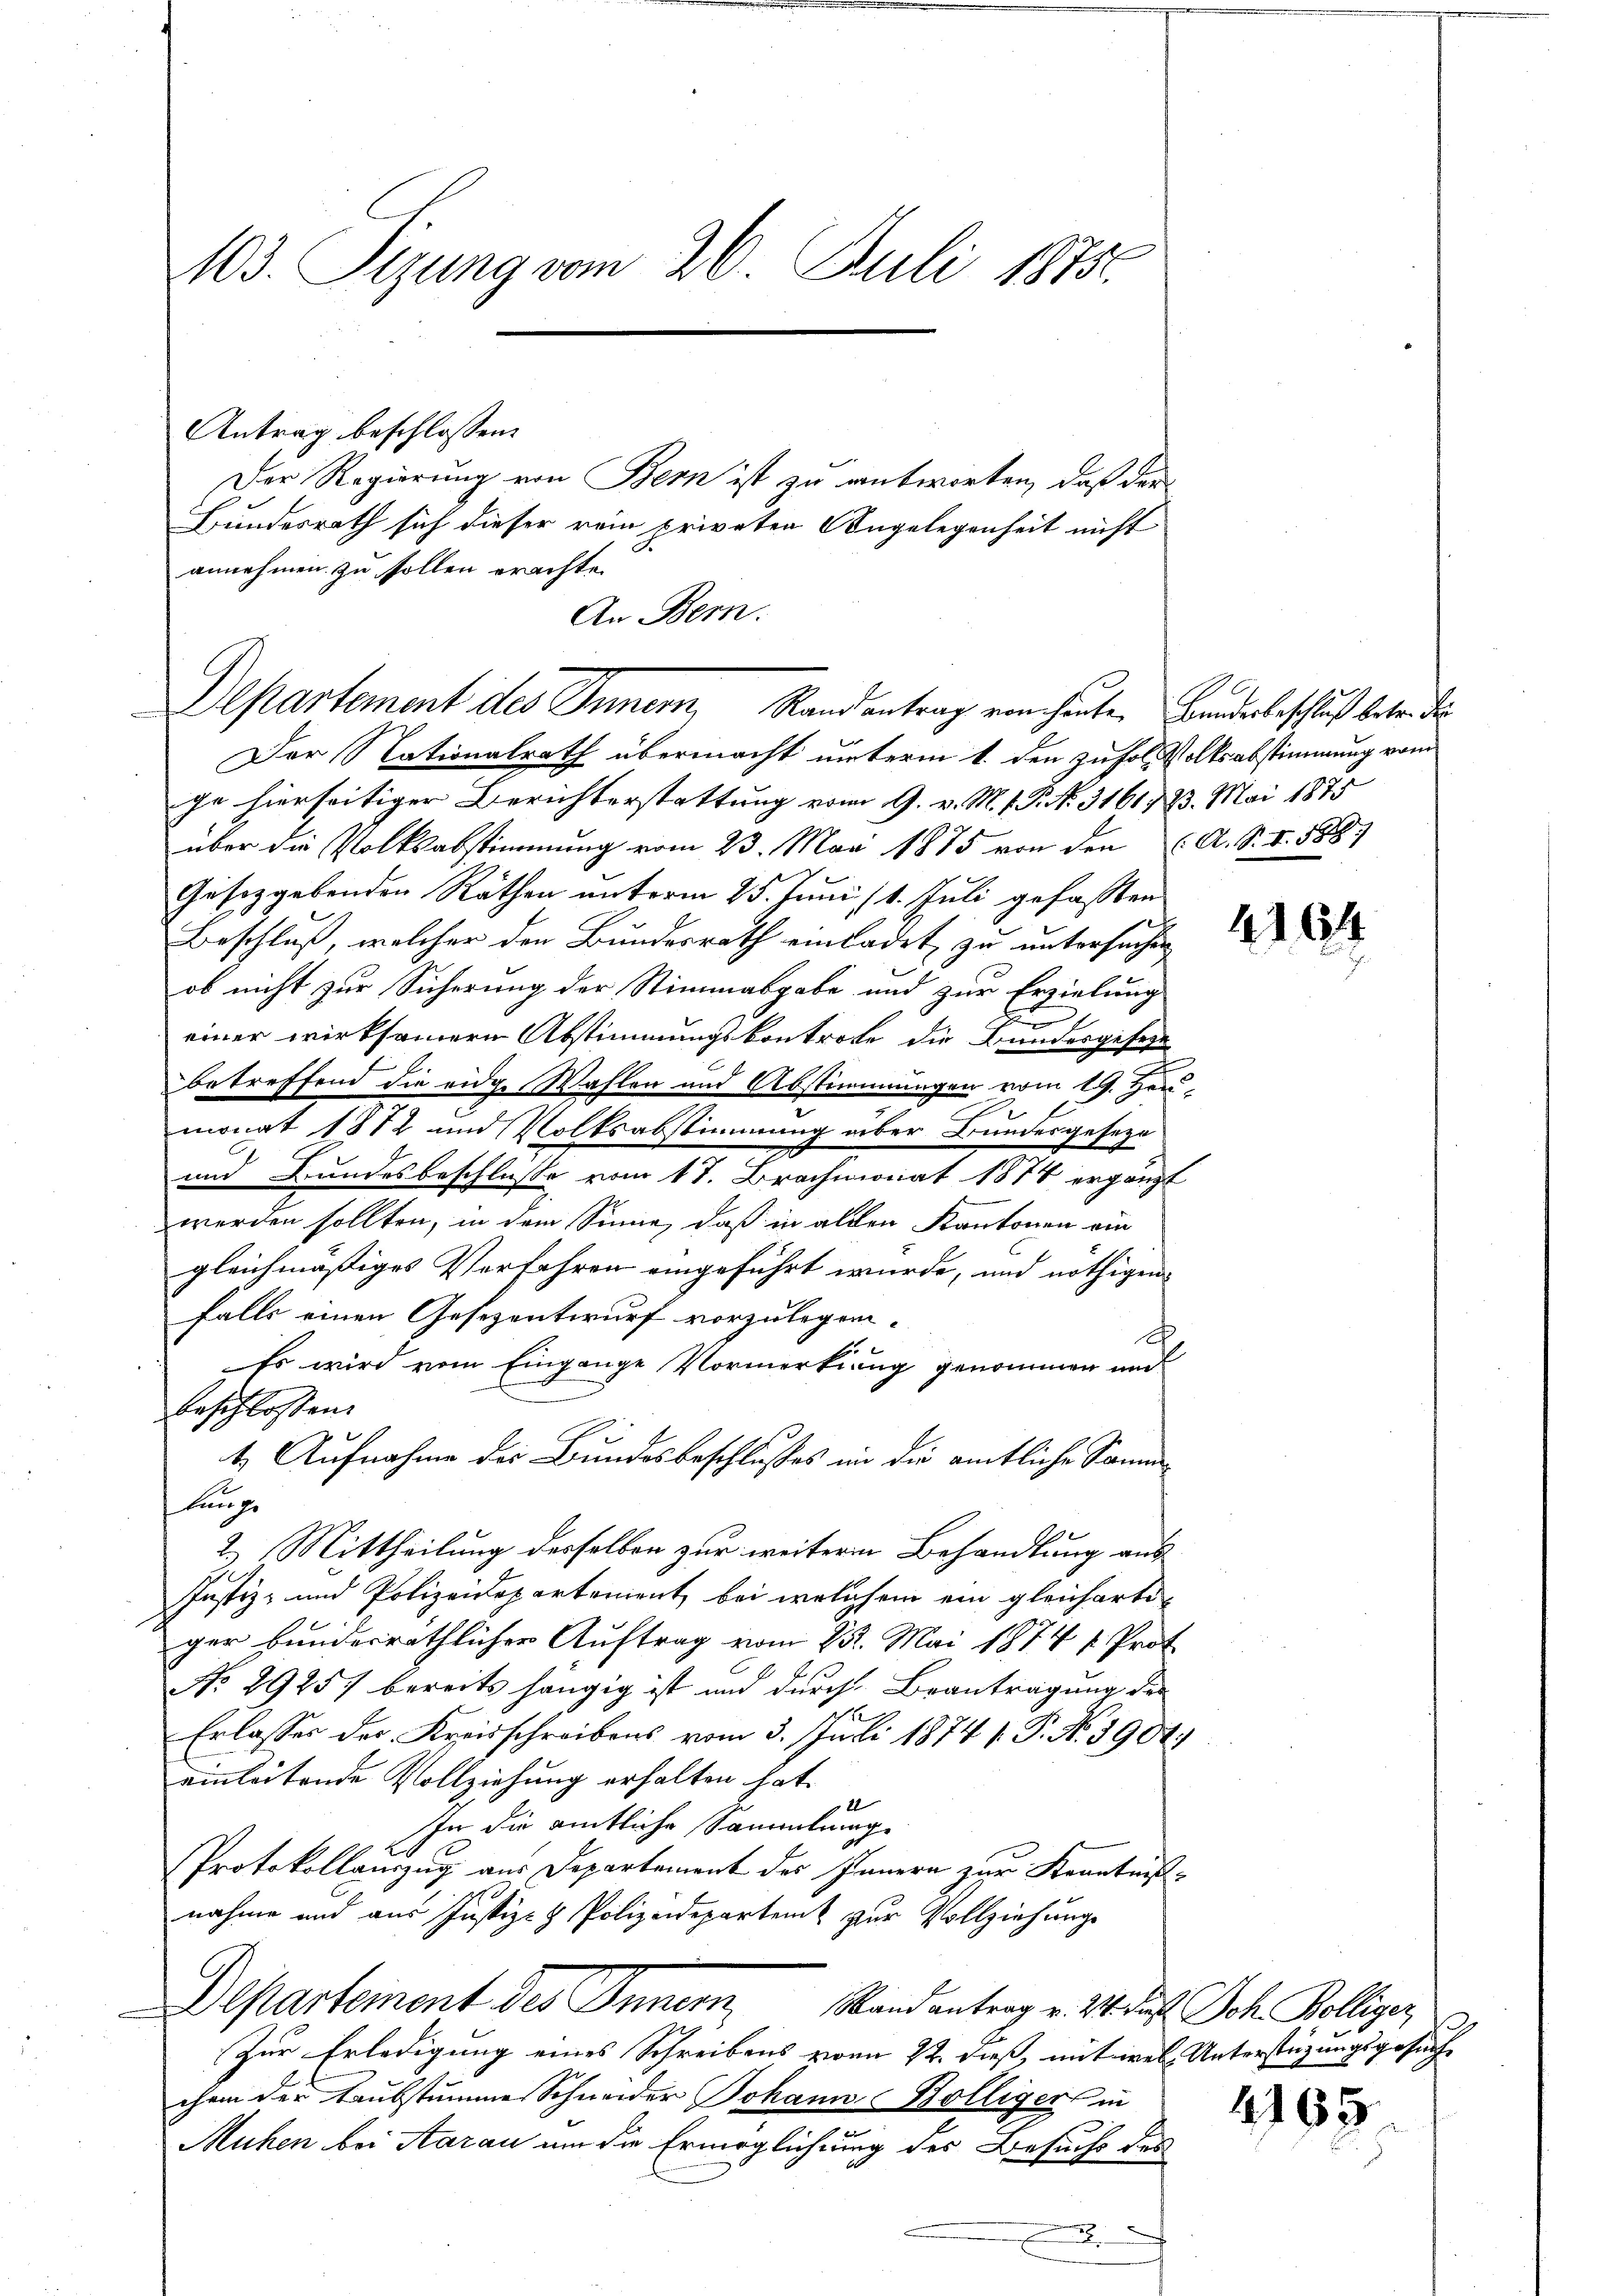
103. Sizung vom 26. Juli 1875.

Antrag beschlossen:
Der Regierung von Bern ist zu antworten, daß der
Hundesrath sich dieser rein privaten Angelegenheit nicht
annehmen zu sollen erachte.
An Bern.
Departement des Innern, Randantrag von heuten Bandesbeschluß betr. de
Der Nationalrath übermacht unterm 1. den zufol, Volksabstimmung vom
ge hierseitiger Berichterstattung vom 9. v. M. v. P. No. 3161. 23. Mai 1875
über die Volksabstimmung vom 23. Mai 1875 von den A. S. I. 588)
Gesetzgebenden Räthen unterm 25. Juni (1. Juli gefassten
Beschluß, welcher den Bundesrath einladet zu untersuchen
ob nicht zur Sicherung der Stimmasgabe und zur Erzielung
einer wirksameren Abstimmungskontrote die Bundesgeseze
betreffend die eidge Wahlen und Abstimmungen vom 19. Heu-
monat 1872 und Volksabstimmung über Bundesgeseze
und Bundesbeschlusse vom 17. Brachmonat 1874 ergänzt
werden sollten, in dem Sinne, daß in allen Kantonen ein
gleichmäßiges Verfahren eingeführt wurde, und nöthigen
falls einen Gesezentwurf vorzulegen.
F
Es wird vom Eingange Vormerkung genommen und
beschlossen:
1. Aufnahme der Bundesbeschlusses in die amtliche Samm¬
Kuh
2.) Mittheilung derselben zur weiteren Behandlung aus
Justiz- und Polizeidepartement bei welchem ein gleicharte
ger bundesräthlicher Auftrag vom 25. Mai 1874 v. Prot
No 29257 bereits hängig ist und durch Beantragung der
1
Erlasses der Kreisschreibens vom 3. Juli 1874. P. No. 3904.
einleitende Vollziehung erhalten hat.
22
In die amtliche Sammlunge
Protokollauszug aus Departement des Innern zur Kenntnis-
nahme und aus Justiz- & Polizeidepartem zur Vollziehungs
Departement des Innern, Stand antrag v. 21. daß Joh. Kolliger,
Zur Erledigung eines Schreibens von 22. dieß, mit welch Unterstüzungsgesuch
chem der Laubstumme Schneider Johann-Kölligers in
.
Muhen bei Aarau um die Ermöglichung des Besuchs des
.

4164

165